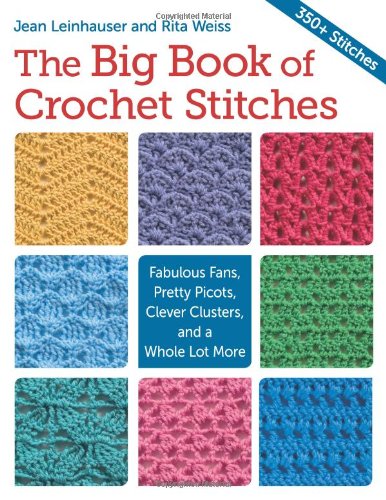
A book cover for The Big Book of Crochet Stitches: Fabulous Fans, Pretty Picots, Clever Clusters and a Whole Lot More; Rita Weiss; Crafts, Hobbies & Home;